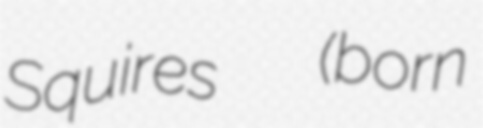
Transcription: Squires  (born